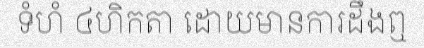
ទំហំ ៤ហិកតា ដោយមានការដឹងឮ